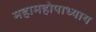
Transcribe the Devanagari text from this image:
महामहोपाध्‍याय